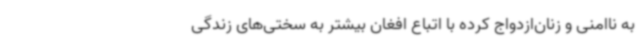
به ناامنی و زنان‌ازدواج کرده با اتباع افغان بیشتر به سختی‌های زندگی